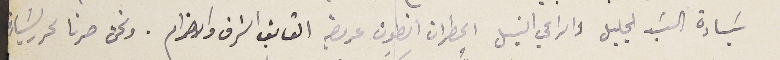
سَيادة السَيد الجليل والراعي النبيل المطران انطون عريضه الفايق الشرف والاحترام. ونحن صرنا نحرر لسَيادة